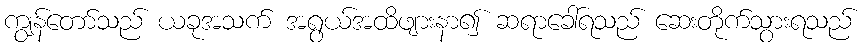
ကျွန်တော်သည် ယခုအသက် အရွယ်အထိဖျားနာ၍ ဆရာခေါ်ရသည် ဆေးတိုက်သွားရသည်